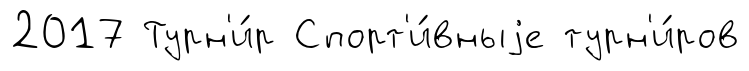
2017 Турн'и́р Спорт'и́вныjе турн'и́ров